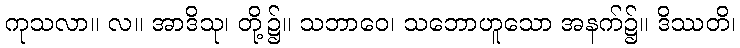
ကုသလာ။ လ။ အာဒိသု၊ တို့၌။ သဘာဝေ၊ သဘောဟူသော အနက်၌။ ဒိဿတိ၊